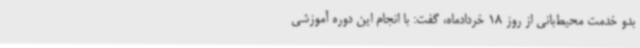
بدو خدمت محیط‌بانی از روز 18 خردادماه، گفت: با انجام این دوره آموزشی